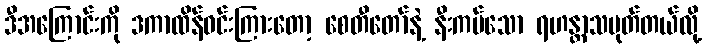
ဒီအကြောင်းကို ဒကာထိန်ဝင်းကြားတော့ စေတီတော်နဲ့ နီးကပ်သော ရဟန္တာသမုတ်တယ်လို့